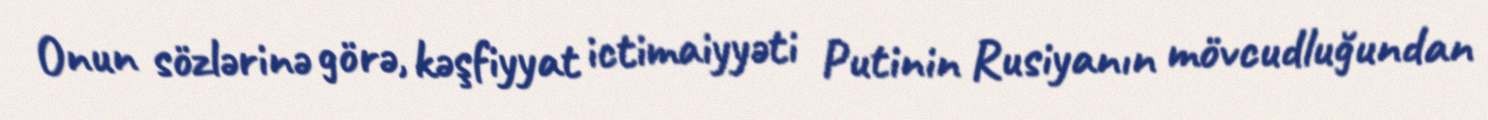
Onun sözlərinə görə, kəşfiyyat ictimaiyyəti Putinin Rusiyanın mövcudluğundan